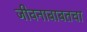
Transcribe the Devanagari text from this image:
जीवनाबाबतचा